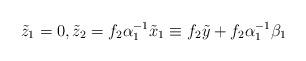
LaTeX: \begin{align*}\tilde{z}_{1}=0,\tilde{z}_{2}=f_{2}\alpha_{1}^{-1}\tilde{x}_{1}\equiv f_{2}\tilde{y}+f_{2}\alpha_{1}^{-1}\beta_{1}\end{align*}